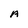
Character: a